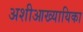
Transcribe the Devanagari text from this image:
अशीआख्यायिका